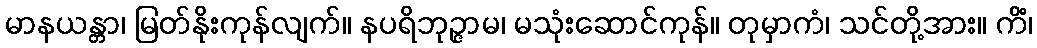
မာနယန္တာ၊ မြတ်နိုးကုန်လျက်။ နပရိဘုဉ္ဇာမ၊ မသုံးဆောင်ကုန်။ တုမှာကံ၊ သင်တို့အား။ ကိံ၊